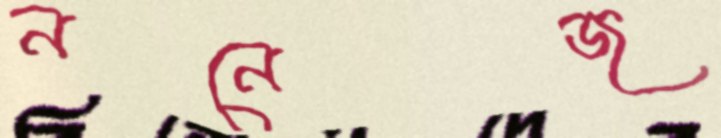
ননেজ